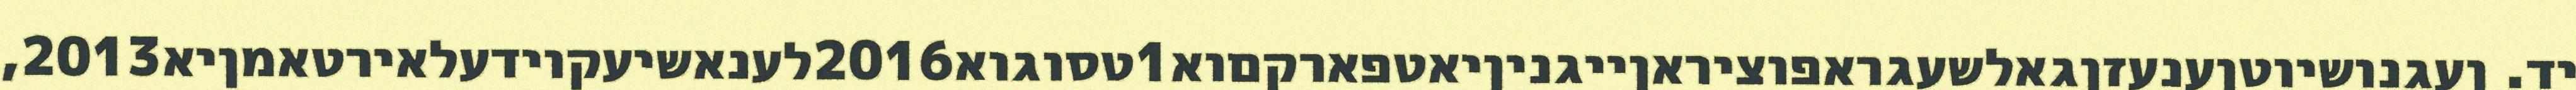
יד. ןעגנושיוטןענעזןגאלשעגראפוציראןייגניןיאטפארקםוא1טסוגוא2016לענאשיעקוידעלאירטאמןיא2013,